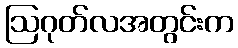
ဩဂုတ်လအတွင်းက